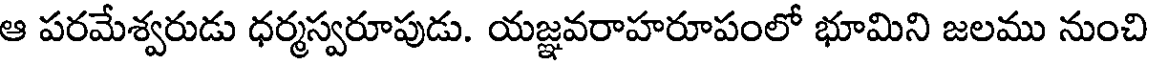
ఆ పరమేశ్వరుడు ధర్మస్వరూపుడు. యజ్ఞవరాహరూపంలో భూమిని జలము నుంచి